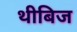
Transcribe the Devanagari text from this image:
थीबिज